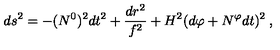
d s ^ { 2 } = - ( N ^ { 0 } ) ^ { 2 } d t ^ { 2 } + \frac { d r ^ { 2 } } { f ^ { 2 } } + H ^ { 2 } ( d \varphi + N ^ { \varphi } d t ) ^ { 2 } \: ,